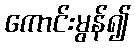
ကောင်းမွန်၍